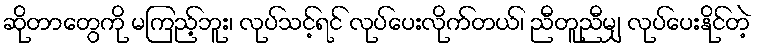
ဆိုတာတွေကို မကြည့်ဘူး၊ လုပ်သင့်ရင် လုပ်ပေးလိုက်တယ်၊ ညီတူညီမျှ လုပ်ပေးနိုင်တဲ့